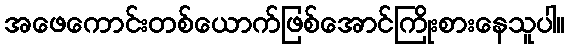
အဖေကောင်းတစ်ယောက်ဖြစ်အောင်ကြိုးစားနေသူပါ။